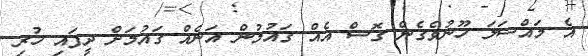
އެ މައްސަލަ ހޫނުވެގެން ގޮސް އެއް ގައުމުން އަނެއް ގައުމަށް ދީފައި ހުރި